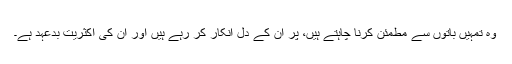
وہ تمہیں باتوں سے مطمئن کرنا چاہتے ہیں، پر ان کے دل انکار کر رہے ہیں اور ان کی اکثریت بدعہد ہے۔